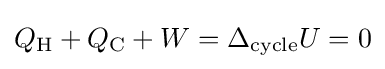
Q_{\rm {H}}+Q_{\rm {C}}+W=\Delta _{\rm {cycle}}U=0